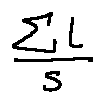
\frac { \sum l } { s }